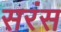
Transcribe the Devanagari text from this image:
सरंस